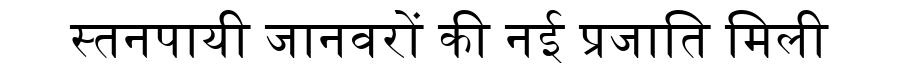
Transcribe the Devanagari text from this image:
स्तनपायी जानवरों की नई प्रजाति मिली